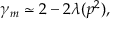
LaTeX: \gamma _ { m } \simeq 2 - 2 \lambda ( p ^ { 2 } ) ,